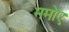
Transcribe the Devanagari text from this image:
ममोए